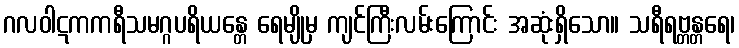
ဂလဝါဋကကရီသမဂ္ဂပရိယန္တေ ရေမျိုမှ ကျင်ကြီးလမ်းကြောင်း အဆုံးရှိသော။ သရီရဗ္တန္တရေ၊